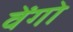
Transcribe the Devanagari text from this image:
वेंगो